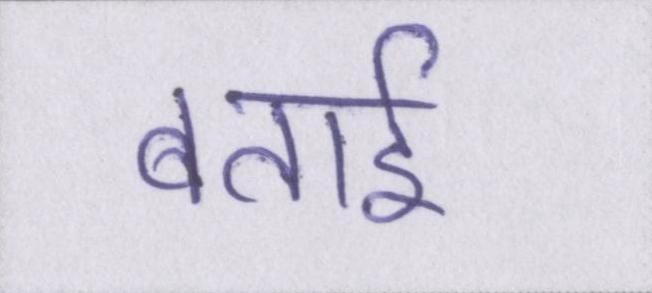
बताई